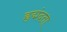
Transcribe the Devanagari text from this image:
हृद्मंदता